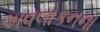
અવલોકનના